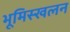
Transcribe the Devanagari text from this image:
भूमिस्खलन